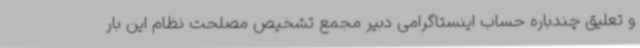
و تعلیق چندباره حساب اینستاگرامی دبیر مجمع تشخیص مصلحت نظام این بار